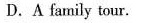
D. Afrile rily tour.